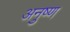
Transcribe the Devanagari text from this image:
अनुष्ण